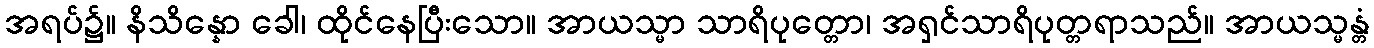
အရပ်၌။ နိသိန္နော ခေါ၊ ထိုင်နေပြီးသော။ အာယသ္မာ သာရိပုတ္တော၊ အရှင်သာရိပုတ္တရာသည်။ အာယသ္မန္တံ